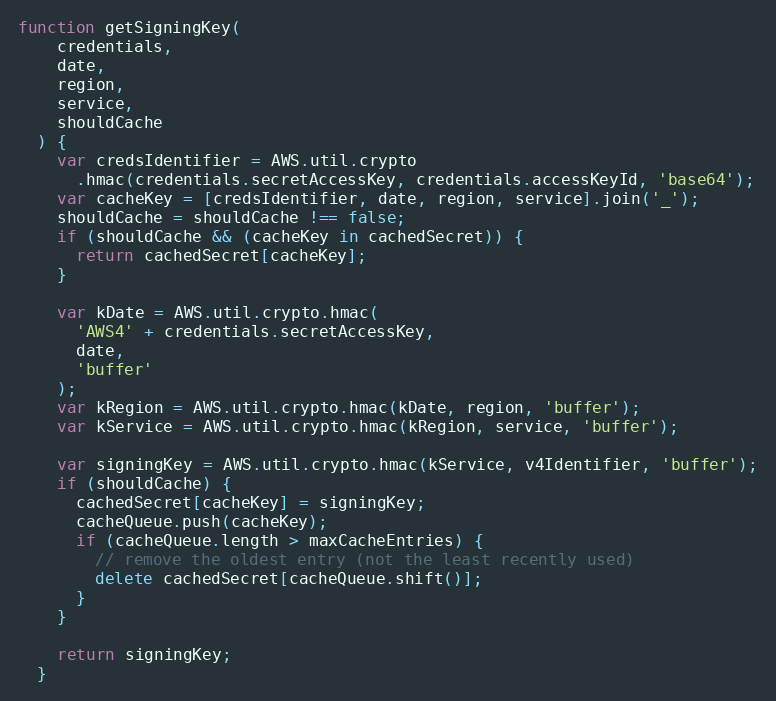
Language: JavaScript
function getSigningKey(
    credentials,
    date,
    region,
    service,
    shouldCache
  ) {
    var credsIdentifier = AWS.util.crypto
      .hmac(credentials.secretAccessKey, credentials.accessKeyId, 'base64');
    var cacheKey = [credsIdentifier, date, region, service].join('_');
    shouldCache = shouldCache !== false;
    if (shouldCache && (cacheKey in cachedSecret)) {
      return cachedSecret[cacheKey];
    }

    var kDate = AWS.util.crypto.hmac(
      'AWS4' + credentials.secretAccessKey,
      date,
      'buffer'
    );
    var kRegion = AWS.util.crypto.hmac(kDate, region, 'buffer');
    var kService = AWS.util.crypto.hmac(kRegion, service, 'buffer');

    var signingKey = AWS.util.crypto.hmac(kService, v4Identifier, 'buffer');
    if (shouldCache) {
      cachedSecret[cacheKey] = signingKey;
      cacheQueue.push(cacheKey);
      if (cacheQueue.length > maxCacheEntries) {
        // remove the oldest entry (not the least recently used)
        delete cachedSecret[cacheQueue.shift()];
      }
    }

    return signingKey;
  }